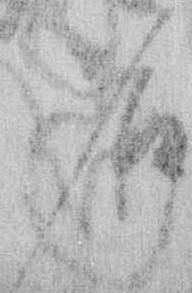
名